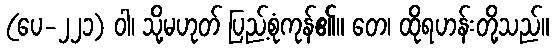
(ပေ-၂၂၁) ဝါ၊ သို့မဟုတ် ပြည့်စုံကုန်၏။ တေ၊ ထိုရဟန်းတို့သည်။